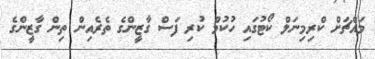
މައްޗަށް ކްރިމިނަލް ކޯޓުގައި ހުކުމް ކުރި ފަސް ގާޒީންގެ ތެރެއިން ތިން ގާޒީންގެ